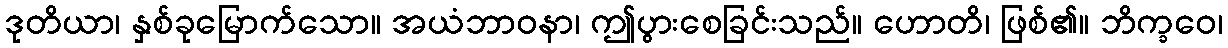
ဒုတိယာ၊ နှစ်ခုမြောက်သော။ အယံဘာဝနာ၊ ဤပွားစေခြင်းသည်။ ဟောတိ၊ ဖြစ်၏။ ဘိက္ခဝေ၊